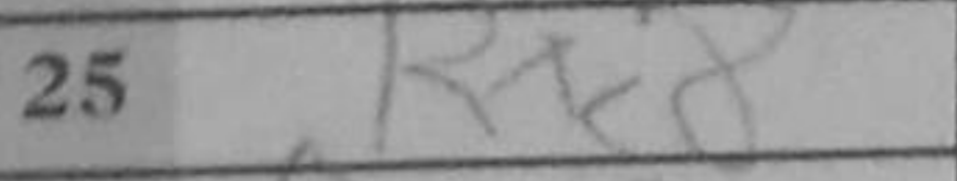
Transcription: Rxc8